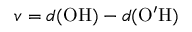
v = d ( \mathrm { O H } ) - d ( \mathrm { O ^ { \prime } H } )